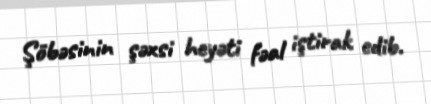
Şöbəsinin şəxsi heyəti fəal iştirak edib.